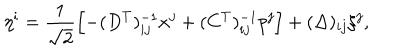
\eta ^ { i } = \frac { 1 } { \sqrt { 2 } } \left[ - ( D ^ { T } ) _ { i j } ^ { - 1 } x ^ { j } + ( C ^ { T } ) _ { i j } ^ { - 1 } p ^ { j } \right] + ( \Delta ) _ { i j } \xi ^ { j } ,